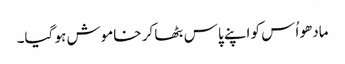
مادھو اُس کو اپنے پاس بٹھا کر خاموش ہو گیا۔